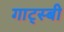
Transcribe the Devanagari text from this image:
गाट्स्बी